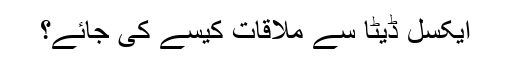
ایکسل ڈیٹا سے ملاقات کیسے کی جائے؟